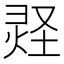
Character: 𪹂